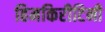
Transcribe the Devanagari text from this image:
हिमकिरीटिनी